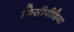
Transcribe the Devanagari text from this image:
फिसीपीडिया